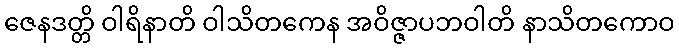
ဇေနဒတ္တိ ဝါရိနာတိ ဝါသိတကေန အဝိဇ္ဇာပဘဝါတိ နာသိတကောဝ